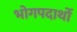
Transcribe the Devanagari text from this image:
भोगपदार्थो